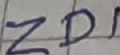
Text: ZD1